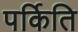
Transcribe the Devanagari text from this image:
पर्किति